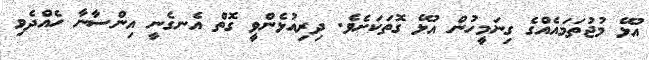
އުޅޭ މުޖުތަމައެއްގެ ގިނަމީހުން އުޅޭ ގޮތަކަށެވެ. ދިރިއުޅެންވީ ގޮތް އެނގެނީ އިންސާނާ ހެއްދެވި